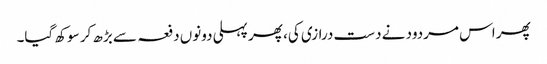
پھر اس مردود نے دست درازی کی، پھر پہلی دونوں دفعہ سے بڑھ کر سوکھ گیا۔